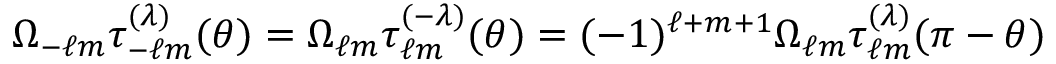
\Omega _ { - \ell m } \tau _ { - \ell m } ^ { ( \lambda ) } ( \theta ) = \Omega _ { \ell m } \tau _ { \ell m } ^ { ( - \lambda ) } ( \theta ) = ( - 1 ) ^ { \ell + m + 1 } \Omega _ { \ell m } \tau _ { \ell m } ^ { ( \lambda ) } ( \pi - \theta )